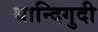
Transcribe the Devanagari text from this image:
थान्दिगुदी